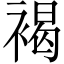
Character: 褐